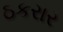
ઠકરાર